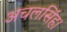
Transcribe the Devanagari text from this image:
अचलसिंह।